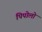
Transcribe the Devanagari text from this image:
पिपोलो